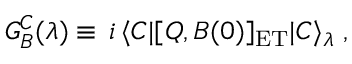
G _ { B } ^ { C } ( \lambda ) \equiv \, i \, \langle C | [ Q , B ( 0 ) ] _ { \mathrm { E T } } | C \rangle _ { \lambda } \; ,